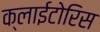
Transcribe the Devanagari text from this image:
क्लाईटोरिस